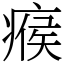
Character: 瘊